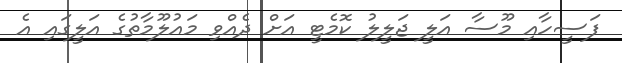
ފަސީހާއި މޫސާ އަލީ ޖަލީލު ކޮމެޓީ އަށް ދެއްވި މައުލޫމާތުގެ އަލީގައި އެ